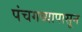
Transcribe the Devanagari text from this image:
पंचगव्यापासून